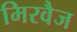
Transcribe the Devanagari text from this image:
मिरवैज